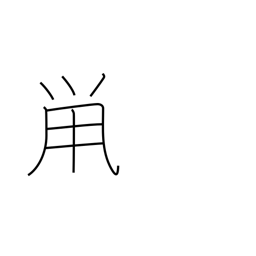
Meaning: dark gray